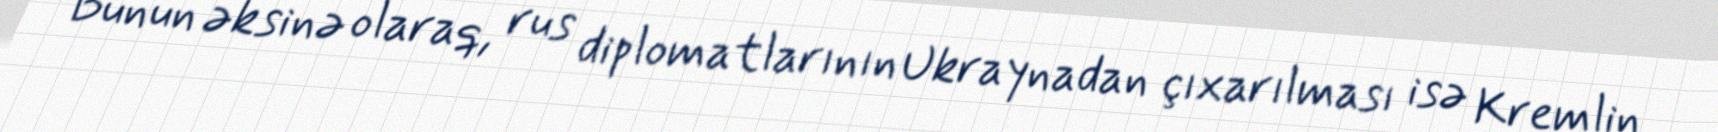
Bunun əksinə olaraq, rus diplomatlarının Ukraynadan çıxarılması isə Kremlin